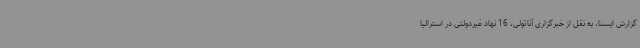
گزارش ایسنا، به نقل از خبرگزاری آناتولی، 16 نهاد غیردولتی در استرالیا